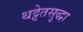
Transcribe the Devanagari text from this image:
थट्टेतसुद्धा